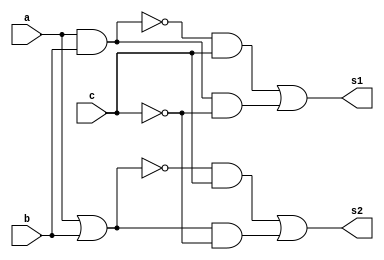
// ------------------------- 
// Exemplo0033 - F4 
// Nome:Milton costa teles da silva
// ------------------------- 

// ------------------------- 
// f4_gate 
// ------------------------- 

module f4 (output [3:0] s1, output [3:0] s2,input [3:0] a, input [3:0] b, input[3:0]c); 
	
	// --descrever por portas 
	assign s1[3:0] = ((~(a & b) & c)) | ((a & b) & ~c);
	assign s2[3:0] = ((~(a | b) & c)) | ((a | b) & ~c);
	
endmodule // f4 

module test_f4; 
	// ------------------------- definir dados 
	reg [3:0]  x; 
   reg [3:0]  y;
	reg [3:0]  z; 
   wire [3:0] s1;
	wire [3:0] s2;  
	
	f4 modulo (s1,s2, x, y,z); 
	
	// ------------------------- parte principal 
		initial begin 
		
		$display("Exemplo0033 - Milton costa teles da silva - 002751"); 
		$display("Test LU's module"); 
		
		x = 4'b0011; y = 4'b0101; z = 0;
		
		// --projetar testes do modulo 
		#1 $display("\n%3b  %3b %3b = %3b %3b",x,y,z,s1,s2); 
		
	end
endmodule // test_f4